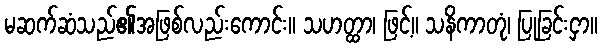
မဆက်ဆံသည်၏အဖြစ်လည်းကောင်း။ သဟတ္ထာ၊ ဖြင့်။ သနိကာတုံ၊ ပြုခြင်းငှာ။